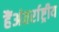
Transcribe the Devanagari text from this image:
हैंअंतर्राष्ट्रीय